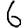
Digit: 6